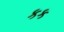
કક